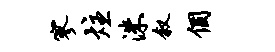
寥炷洙叙个